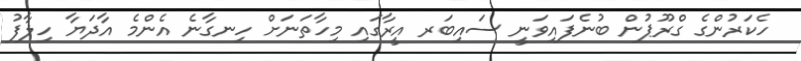
ހެކަރުންގެ ގްރޫޕުން ބުނެފައިވަނީ ސައިބަރ އީރާގައި މިހާތަނަށް ހިނގާނެ އެންމެ އާދަޔާ ހިލާފު